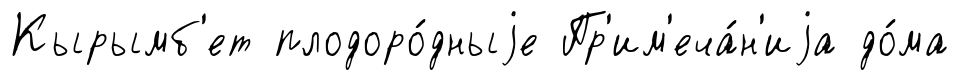
Кырымб'ет плодоро́дныjе Пр'им'еча́н'иjа до́ма